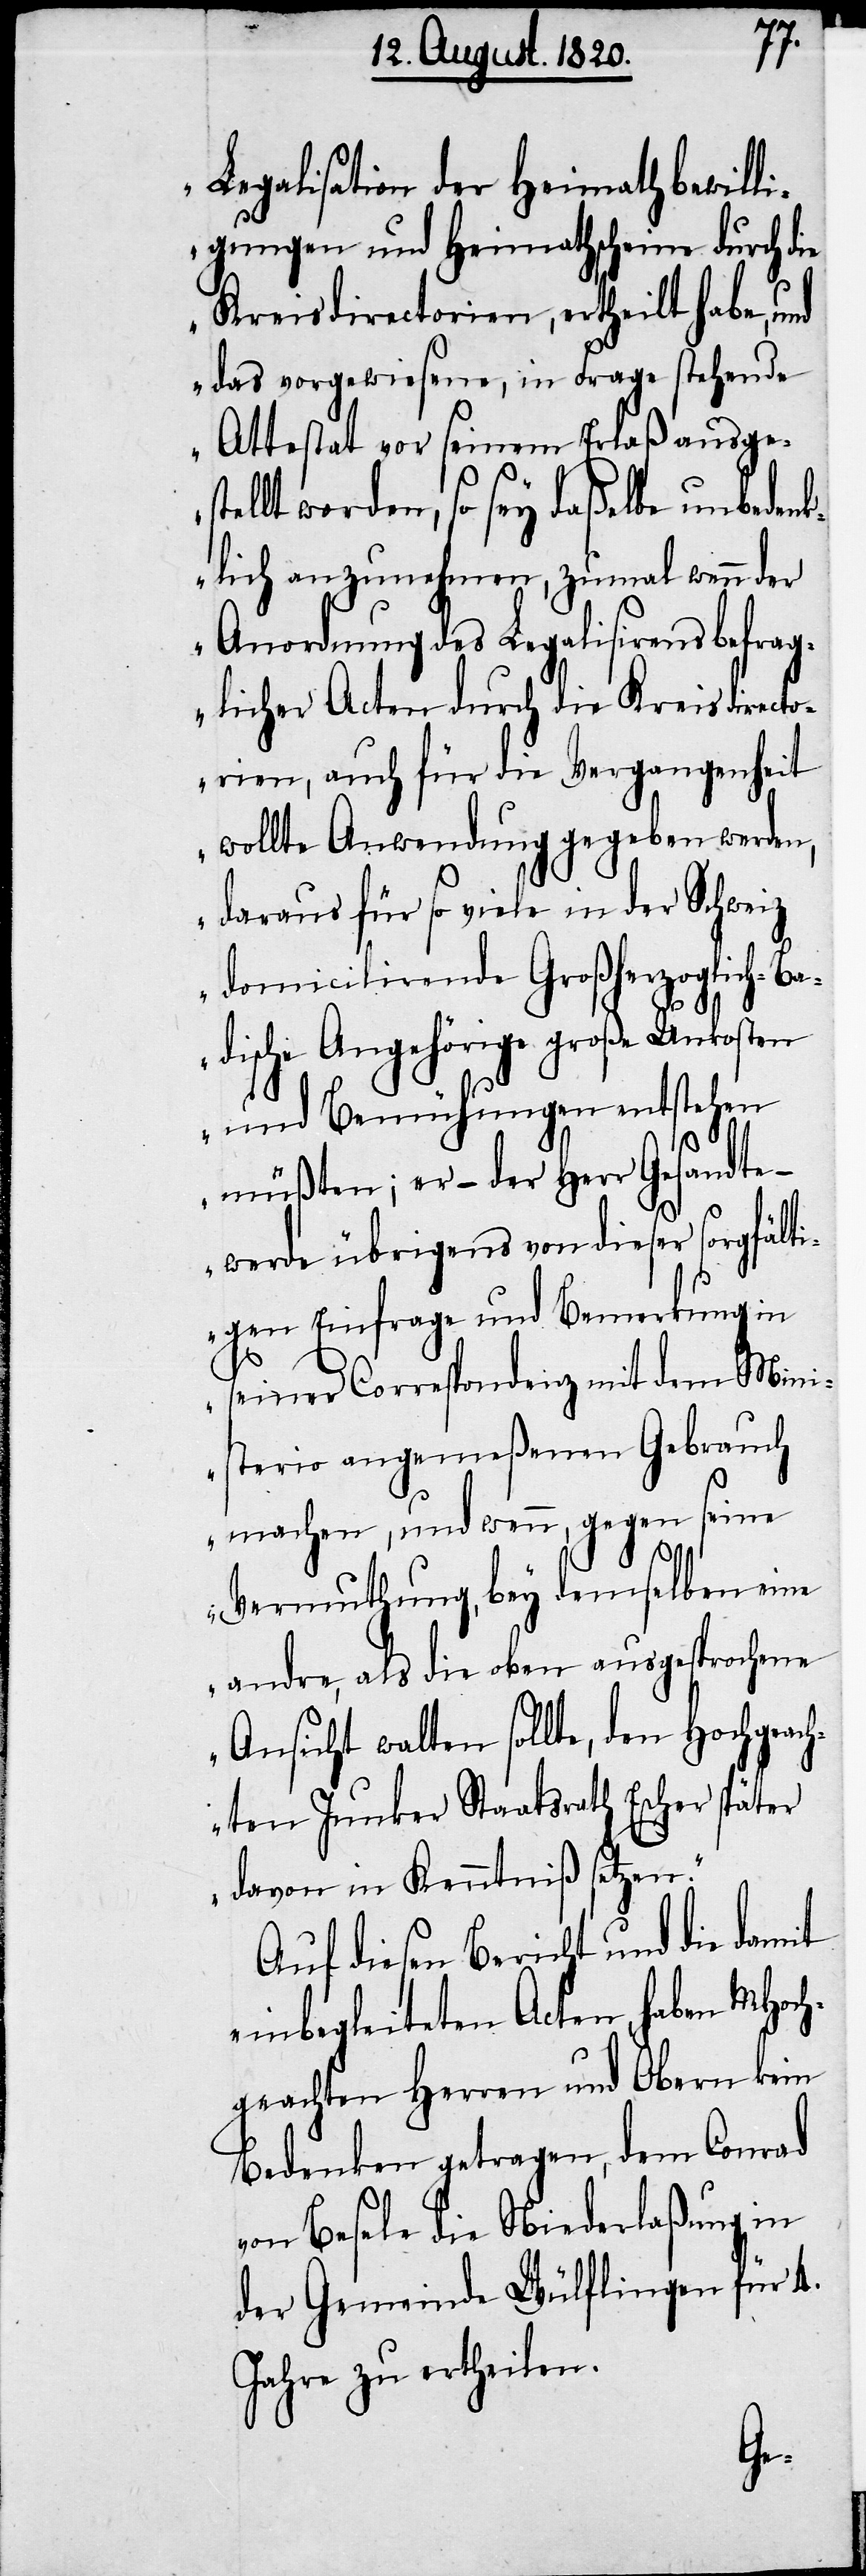
legalisirten Heymathschein
gungen und Heimathscheine durch die
Kreisdirectorien, ertheilt habe, und
das vorgewiesene, in Frage stehende
Attestat vor seinem Erlaß ausges¬
tellt worden, so sey daßelbe unbeden¬
klich anzunehmen, zumal wenn der
Anordnung des Legalisirens befrag¬
licher Acten durch die Kreisdirect¬
orien, auch für die Vergangenheit
wollte Anwendung gegeben werden,
daraus für so viele in der Schweiz
domicilirende Großherzoglich-Ba¬
dische Angehörige große Unkosten
und Bemühungen entstehen
müßten; er – der Herr Gesandte –
werde übrigens von dieser sorgfält¬
igen Einfrage und Bemerkung in
seiner Correspondenz mit dem Min¬
isterio angemeßenen Gebrauch
machen, und wenn, gegen seine
Vermuthung, bey demselben eine
andre, als die oben ausgesprochene
Ansicht walten sollte, den Hochgeac¬
hten Junker Staatsrath Escher später
davon in Kenntniß setzen.“
Auf diesen Bericht und die damit
einbegleiteten Acten, haben MHoch¬
geachten Herren und Obern kein
Bedenken getragen, dem Conrad
von Besele die Niederlaßung in
der Gemeinde Wülflingen, unter
Jahre zu ertheilen.
J.

L.